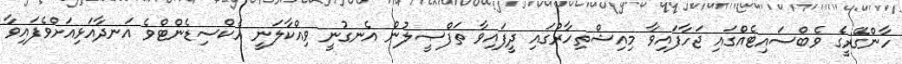
ހާންގޭރީގެ ވެބްސައިޓެއްގައި ޖަހާފައިވާ މިއިޝްތިހާރުގައި ދީފައިވާ ތަފްޞީލުން އެނގުނީ ވިއްކާލަނީ އެކްސިޑެންޓްވެ އަނދާއަޅިއަށްވެފައިވާ